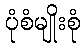
ပုံစံမျိုးစုံ